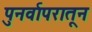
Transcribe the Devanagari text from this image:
पुनर्वापरातून